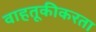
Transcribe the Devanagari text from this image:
वाहतूकीकरता